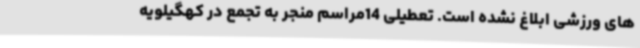
های ورزشی ابلاغ نشده است. تعطیلی 14مراسم منجر به تجمع در کهگیلویه